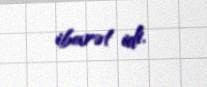
ibarət idi.